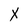
Character: X